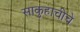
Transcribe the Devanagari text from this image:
साकुहाचीचे